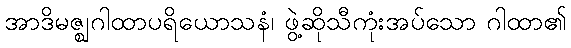
အာဒိမဇ္ဈဂါထာပရိယောသနံ၊ ဖွဲ့ဆိုသီကုံးအပ်သော ဂါထာ၏